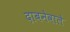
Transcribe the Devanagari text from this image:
दाबनेवाले